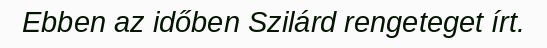
Ebben az időben Szilárd rengeteget írt.